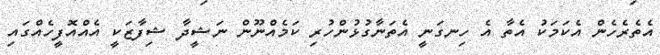
އެތެރެހެން އެކަމަކު އެތާ އެ ހިނގަނީ އެތަނާގުޅުންހުރި ކަމެއްނޫން ނަޝީދާ ޝިފާޒަކީ އެއްއޮފީހެއްްގައި